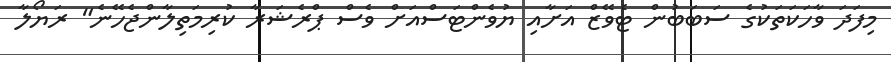
މިފަދަ ވާހަކަތަކުގެ ސަބަބުން ޓެވޭޒް އަށާއި ޔުވެންޓަސްއަށް ވެސް ޕްރެޝަރާ ކުރިމަތިލާންޖެހޭނެ" ރަޔޯލާ